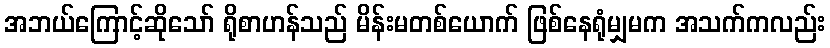
အဘယ်ကြောင့်ဆိုသော် ရိုစာဟန်သည် မိန်းမတစ်ယောက် ဖြစ်နေရုံမျှမက အသက်ကလည်း